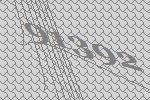
91392